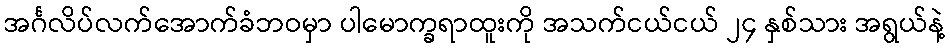
အင်္ဂလိပ်လက်အောက်ခံဘဝမှာ ပါမောက္ခရာထူးကို အသက်ငယ်ငယ် ၂၄ နှစ်သား အရွယ်နဲ့